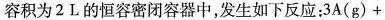
容积为2L的恒容密闭容器中，发生如下反应：3\mathrm{A}(\mathrm{g}) +